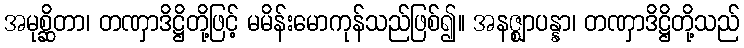
အမုစ္ဆိတာ၊ တဏှာဒိဋ္ဌိတို့ဖြင့် မမိန်းမောကုန်သည်ဖြစ်၍။ အနဇ္ဈာပန္နာ၊ တဏှာဒိဋ္ဌိတို့သည်